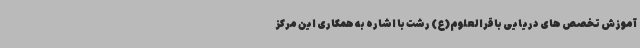
آموزش تخصص های دریایی باقرالعلوم(ع) رشت با اشاره به همکاری این مرکز